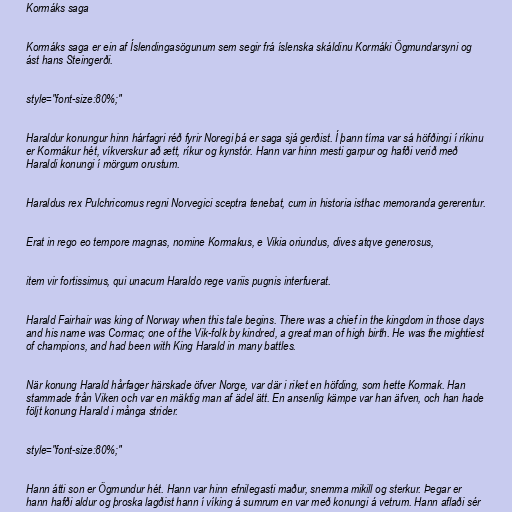
Kormáks saga

Kormáks saga er ein af Íslendingasögunum sem segir frá íslenska skáldinu Kormáki Ögmundarsyni og
ást hans Steingerði.

style="font-size:80%;"

Haraldur konungur hinn hárfagri réð fyrir Noregi þá er saga sjá gerðist. Í þann tíma var sá höfðingi í ríkinu
er Kormákur hét, víkverskur að ætt, ríkur og kynstór. Hann var hinn mesti garpur og hafði verið með
Haraldi konungi í mörgum orustum.

Haraldus rex Pulchricomus regni Norvegici sceptra tenebat, cum in historia isthac memoranda gererentur.

Erat in rego eo tempore magnas, nomine Kormakus, e Vikia oriundus, dives atqve generosus,

item vir fortissimus, qui unacum Haraldo rege variis pugnis interfuerat.

Harald Fairhair was king of Norway when this tale begins. There was a chief in the kingdom in those days
and his name was Cormac; one of the Vik-folk by kindred, a great man of high birth. He was the mightiest
of champions, and had been with King Harald in many battles.

När konung Harald hårfager härskade öfver Norge, var där i riket en höfding, som hette Kormak. Han
stammade från Viken och var en mäktig man af ädel ätt. En ansenlig kämpe var han äfven, och han hade
följt konung Harald i många strider.

style="font-size:80%;"

Hann átti son er Ögmundur hét. Hann var hinn efnilegasti maður, snemma mikill og sterkur. Þegar er
hann hafði aldur og þroska lagðist hann í víking á sumrum en var með konungi á vetrum. Hann aflaði sér